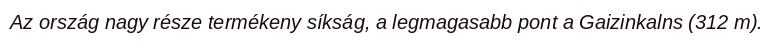
Az ország nagy része termékeny síkság, a legmagasabb pont a Gaizinkalns (312 m).